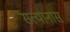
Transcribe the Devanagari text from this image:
सत्यानास